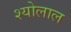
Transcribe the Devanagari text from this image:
श्योलाल